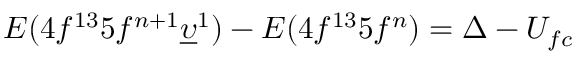
E ( 4 f ^ { 1 3 } 5 f ^ { n + 1 } \underline { { \upsilon } } ^ { 1 } ) - E ( 4 f ^ { 1 3 } 5 f ^ { n } ) = \Delta - U _ { f c }